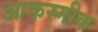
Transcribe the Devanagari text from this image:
आकस्मीक